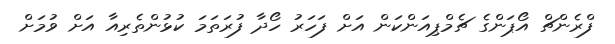
ފްރެންޗް އޯޕަންގެ ޗެމްޕިއަންކަން އަށް ފަހަރު ހޯދާ ފުރަތަމަ ކުޅުންތެރިއާ އަށް ވުމަށް